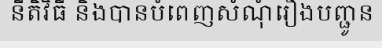
នីតិវិធី និងបានបំពេញសំណុំរឿងបញ្ជូន